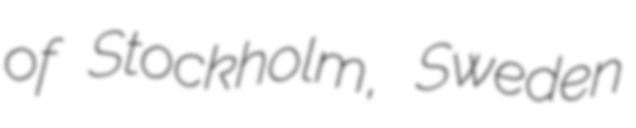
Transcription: of Stockholm, Sweden